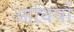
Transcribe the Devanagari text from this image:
आधियों